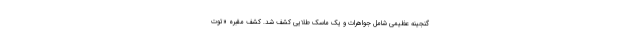
گنجینه عظیمی شامل جواهرات و یک ماسک طلایی کشف شد. کشف مقبره «توت‌